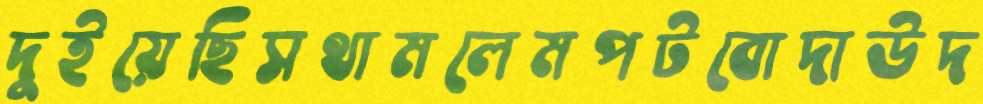
দুইয়েছিসথামলেমপটবোদাউদ